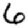
Digit: 6